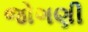
જોગણી